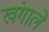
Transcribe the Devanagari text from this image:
खंगाले